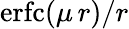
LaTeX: \mathrm{erfc}(\mu\, r)/r